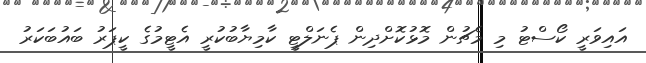
އައިވަރީ ކޯސްޓު މި މެޗުން މޮޅުކޮށްދިން ޕެނަލްޓީ ކާމިޔާބުކުރީ އެޓީމުގެ ކީޕަރު ބައުބަކަރު